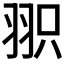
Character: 𦐖